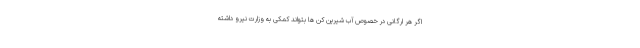
اگر هر ارگانی در خصوص آب شیرین کن ها بتواند کمکی به وزارت نیرو داشته